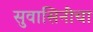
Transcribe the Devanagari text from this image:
सुवासिनींचा